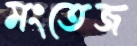
মংতেজ